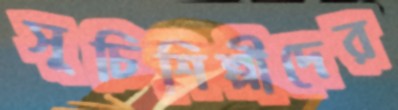
সূচিশিল্পীদের